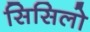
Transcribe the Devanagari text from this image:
सिसिलो